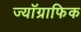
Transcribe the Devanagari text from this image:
ज्यॉग्राफिक